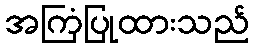
အကြံပြုထားသည်